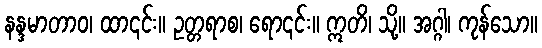
နန္ဒမာတာဝ၊ ထာ၎င်း။ ဥတ္တရာစ၊ ရော၎င်း။ ဣတိ၊ သို့။ အဂ္ဂါ၊ ကုန်သော။